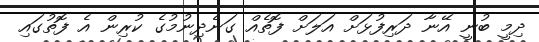
ދިމީ ބުނީ އޭނާ ދަރިފުޅަށް އަލަށް ފޮތެއް ގަނެދިނުމުގެ ކުރިން އެ ފޮތުގައި